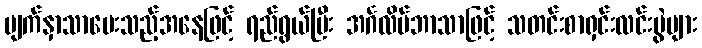
မျက်နှာသာပေးသည့်အနေဖြင့် ရည်ရွယ်ပြီး အင်္ဂလိပ်ဘာသာဖြင့် သတင်းစာရှင်းလင်းပွဲများ